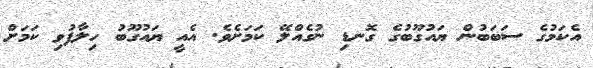
އެކަމުގެ ސަބަބުން ޔައުގޫބުގެ ގޮނޑި ނުގެއްލޭ ކަމަށެވެ. އެއީ ޔައުގޫބު ހިލާފުވި ކަމަށް